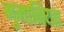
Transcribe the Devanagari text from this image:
मुमानियत